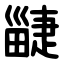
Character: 疀